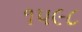
૧૫૯૮